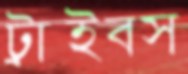
ট্রাইবস